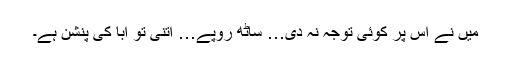
میں نے اس پر کوئی توجہ نہ دی… ساٹھ روپے… اتنی تو ابا کی پنشن ہے۔